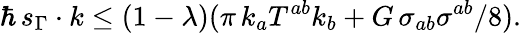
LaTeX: \hbar\, s_{\Gamma}\cdot k\leq(1-\lambda)(\pi\, k_{a}T^{ab}k_{b}+G\, \sigma_{ab}\sigma^{ab}/8).